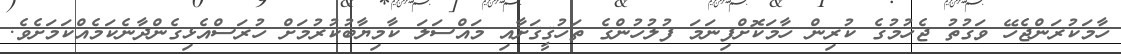
ހާމަކުރަންޖެހޭ ވަގުތު ޖެހުމުގެ ކުރިން ހާމަކޮށްފިނަމަ ފުލުހުންގެ ތަހުޤީޤަށާއި މައްސަލަ ކާމިޔާބުކުރުމަށް ހުރަސްއެޅިގެންދާނެކަމެއްކަމަށެވެ.